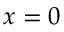
x = 0